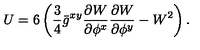
U = 6 \left( \frac { 3 } { 4 } \bar { g } ^ { x y } \frac { \partial { W } } { \partial { \phi ^ { x } } } \frac { \partial { W } } { \partial { \phi ^ { y } } } - W ^ { 2 } \right) .